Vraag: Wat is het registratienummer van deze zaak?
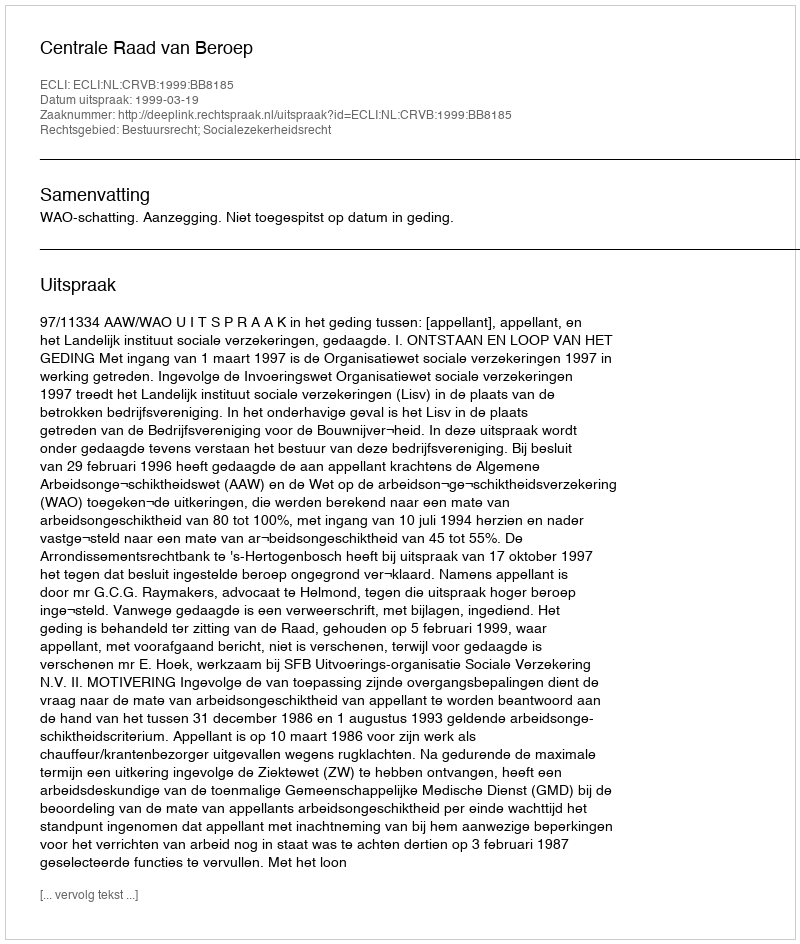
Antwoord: http://deeplink.rechtspraak.nl/uitspraak?id=ECLI:NL:CRVB:1999:BB8185